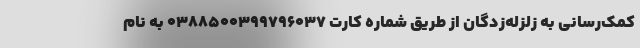
کمک‌رسانی به زلزله‌زدگان از طریق شماره کارت ۰۳۸۸۵۰۰۳۹۹۷۹۶۰۳۷ به نام